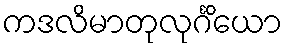
ကဒလိမာတုလုင်္ဂိယော